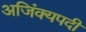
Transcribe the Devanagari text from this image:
अजिंक्यपदी